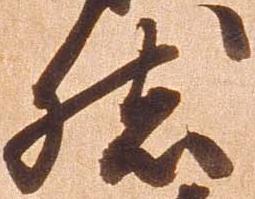
然